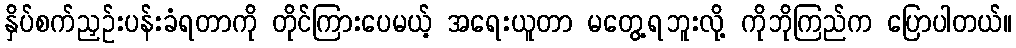
နှိပ်စက်ညှဉ်းပန်းခံရတာကို တိုင်ကြားပေမယ့် အရေးယူတာ မတွေ့ရဘူးလို့ ကိုဘိုကြည်က ပြောပါတယ်။